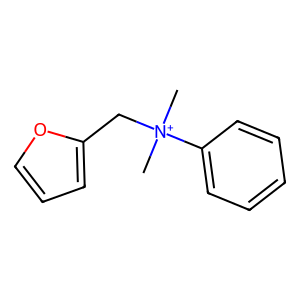
SMILES: C[N+](C)(Cc1ccco1)c1ccccc1
Inhibits HIV replication: No